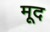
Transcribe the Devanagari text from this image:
मूद